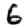
Digit: 6